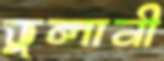
ভুলানী